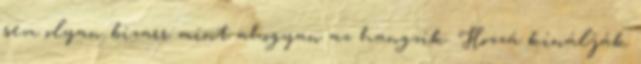
sem olyan bizarr mint ahogyan az hangzik. Hozzá kínálják